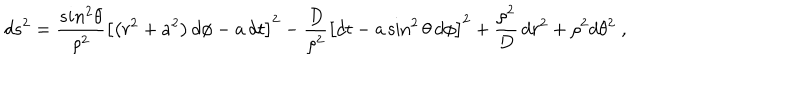
d s ^ { 2 } = \frac { s i n ^ { 2 } { \theta } } { \rho ^ { 2 } } \left[ \left( r ^ { 2 } + a ^ { 2 } \right) d \phi - a \, d t \right] ^ { 2 } - \frac { D } { \rho ^ { 2 } } \left[ d t - a \sin ^ { 2 } { \theta } \, d \phi \right] ^ { 2 } + \frac { \rho ^ { 2 } } { D } \, d r ^ { 2 } + { \rho ^ { 2 } } d \theta ^ { 2 } \; ,